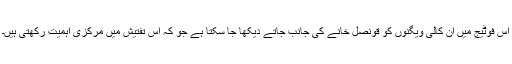
اس فوٹیج میں ان کالی ویگنوں کو قونصل خانے کی جانب جاتے دیکھا جا سکتا ہے جو کہ اس تفتیش میں مرکزی اہمیت رکھتی ہیں۔